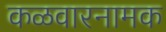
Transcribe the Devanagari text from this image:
कळवारनामक